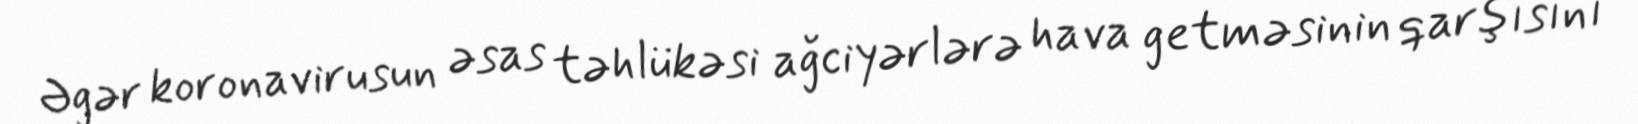
Əgər koronavirusun əsas təhlükəsi ağciyərlərə hava getməsinin qarşısını